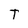
Character: T